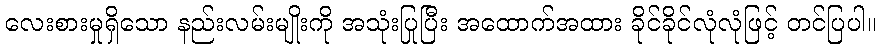
လေးစားမှုရှိသော နည်းလမ်းမျိုးကို အသုံးပြုပြီး အထောက်အထား ခိုင်ခိုင်လုံလုံဖြင့် တင်ပြပါ။